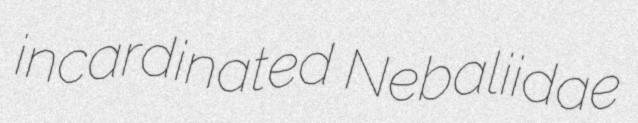
incardinated Nebaliidae